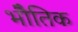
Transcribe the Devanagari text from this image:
भोैतिक